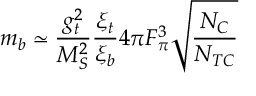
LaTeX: m _ { b } \simeq { \frac { g _ { t } ^ { 2 } } { M _ { S } ^ { 2 } } } { \frac { \xi _ { t } } { \xi _ { b } } } 4 \pi F _ { \pi } ^ { 3 } \sqrt { { \frac { N _ { C } } { N _ { T C } } } }